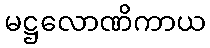
မဋ္ဌလောဏိကာယ